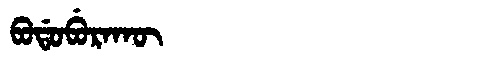
Manchu: ᠪᠣᡩᠣᠪᡠᡵᠠᡴᡡ
Romanization: BODOBURAKŪ